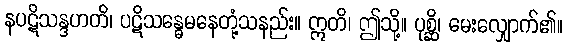
နပဋိသန္ဒဟတိ၊ ပဋိသန္ဓေမနေတုံ့သနည်း။ ဣတိ၊ ဤသို့။ ပုစ္ဆိ၊ မေးလျှောက်၏။